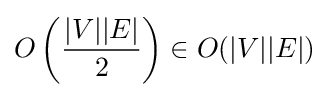
O\left({\frac {|V||E|}{2}}\right)\in O(|V||E|)